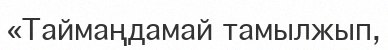
«Таймаңдамай тамылжып,